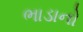
ભાડાનો